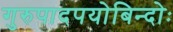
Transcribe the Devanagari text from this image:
गुरुपादपयोबिन्दोः